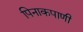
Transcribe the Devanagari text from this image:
पिनाकपाणी